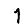
Digit: 1